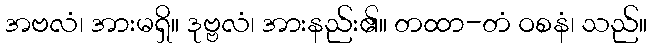
အဗလံ၊ အားမရှိ။ ဒုဗ္ဗလံ၊ အားနည်း၏။ တထာ-တံ ဝစနံ၊ သည်။